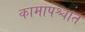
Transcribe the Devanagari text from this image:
कामापश्चात